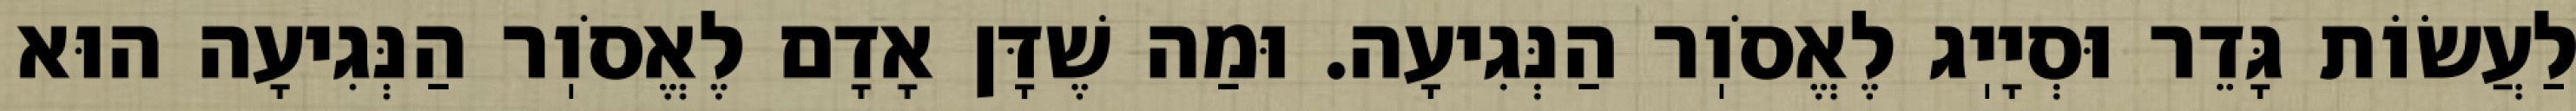
לַעֲשׂוֹת גָּדֵר וּסְיָיֽג לֶאֱסֹוֽר הַנְּגִיעָה. וּמַה שֶׁדָּן אָדָם לֶאֱסֹוֽר הַנְּגִיעָה הוּא